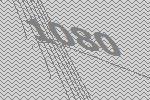
1080